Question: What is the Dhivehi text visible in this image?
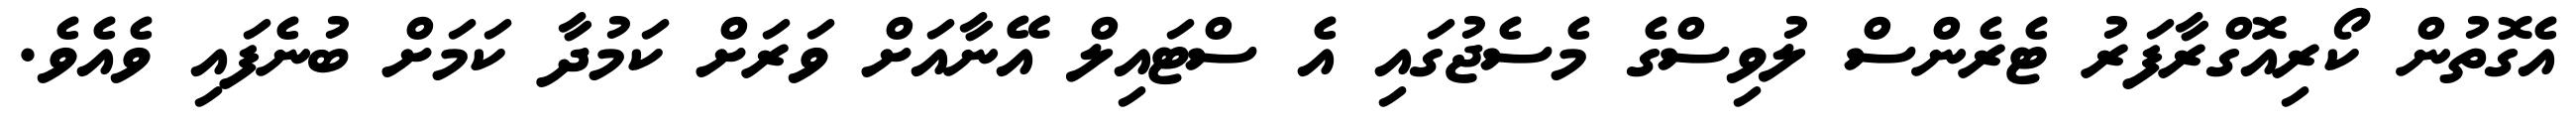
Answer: އެގޮތުން ކޯރިއޮގްރާފަރު ޓެރެންސް ލުވިސްގެ މެސެޖުގައި އެ ސްޓައިލް އޭނާއަށް ވަރަށް ކަމުދާ ކަމަށް ބުނެފައި ވެއެވެ.